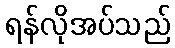
ရန်လိုအပ်သည်